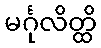
မင်္ဂုလိတ္ထိ